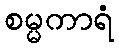
စမ္မကာရံ